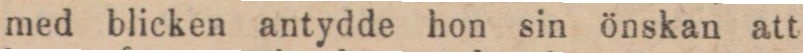
med blicken antydde hon sin önskan att